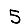
Digit: 5